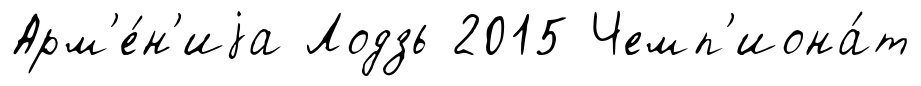
Арм'е́н'иjа Лодзь 2015 Чемп'иона́т